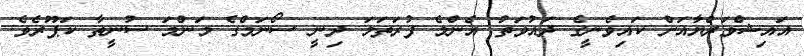
އައިޝްވަރްޔާއަށް ކައިވެނީގެ ދައުވަތު އެންމެ ފުރަތަމަ ދިނީ ސޯނަމްގެ މަންމަ ސުނީތާ ކަޕޫރެވެ.